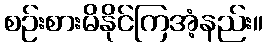
စဉ်းစားမိနိုင်ကြအံ့နည်း။